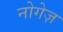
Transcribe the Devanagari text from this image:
नोगेज़